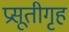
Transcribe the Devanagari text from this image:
प्रसूतीगृह